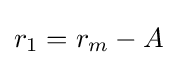
r_{1}=r_{m}-A